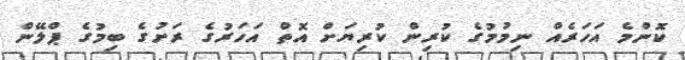
ކޮންމެ އަހަރެއް ނިމުމުގެ ކުރިން ކުރިޔަށް އޮތް އަހަރުގެ ރަށުގެ ބިމުގެ ޕްލޭން